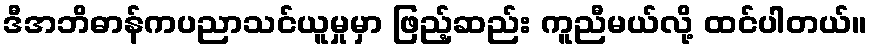
ဒီအဘိဓာန်ကပညာသင်ယူမှုမှာ ဖြည့်ဆည်း ကူညီမယ်လို့ ထင်ပါတယ်။